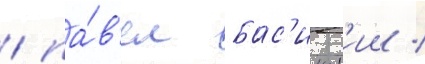
/ па́в'ел бас'инск'ии /